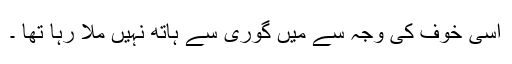
اسی خوف کی وجہ سے میں گوری سے ہاتھ نہیں ملا رہا تھا ۔